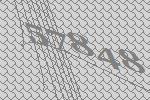
57848